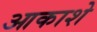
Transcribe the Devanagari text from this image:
आकाशे